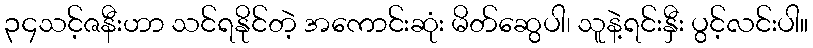
၃၄သင့်ဇနီးဟာ သင်ရနိုင်တဲ့ အကောင်းဆုံး မိတ်ဆွေပါ၊ သူနဲ့ရင်းနှီး ပွင့်လင်းပါ။